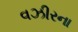
વઝીરના